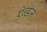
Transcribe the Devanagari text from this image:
ऐन्डज़